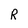
Character: R